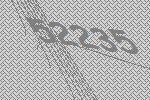
52235